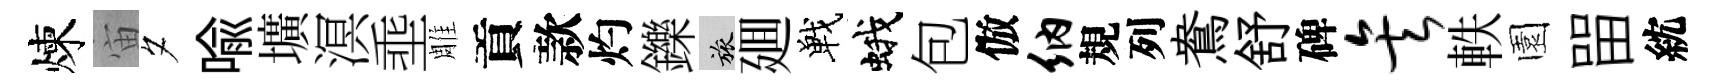
煉宙夕喻壙溟埀雕貢款灼鑠旅廽戰蛾包倣纳規列鴦舒碑矣軼園㽞紞